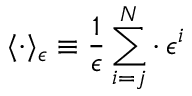
\langle \cdot \rangle _ { \epsilon } \equiv \frac { 1 } { \epsilon } \sum _ { i = j } ^ { N } \cdot \, \epsilon ^ { i }